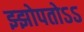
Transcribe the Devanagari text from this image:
झ्झोपतोऽऽ